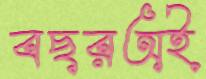
বছরঅই